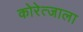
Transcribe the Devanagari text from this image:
कोरेत्जाला